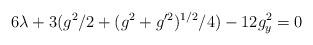
LaTeX: \begin{align*}6 \lambda + 3(g^{2}/2 + (g^{2} + g^{\prime 2})^{1/2} /4) -12 g_{y}^{2} = 0\end{align*}